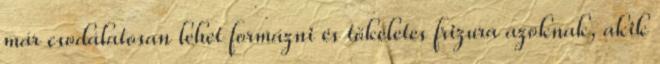
már csodálatosan lehet formázni és tökéletes frizura azoknak, akik